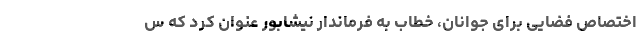
اختصاص فضایی برای جوانان، خطاب به فرماندار نیشابور عنوان کرد که س